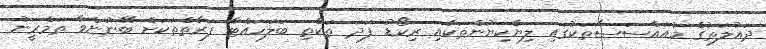
ދައުލަތުގެ މުއައްސަސާތަކުގައި ލިޔެކިޔުންތަކާއި ރިކޯޑު ފަދަ ތަކެތި ބަލަހައްޓާ ފަރާތްތަކަށް ބޭނުންވާ ތަމްރީނު